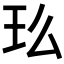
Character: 𤣵